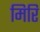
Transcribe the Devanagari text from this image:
मिरि